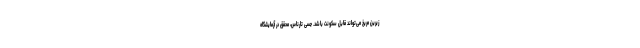
زیرین مریخ می‌تواند قابل سکونت باشد. جسی تارناس، محقق در آزمایشگاه